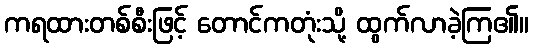
ကရထားတစ်စီးဖြင့် တောင်ကတုံးသို့ ထွက်လာခဲ့ကြ၏။